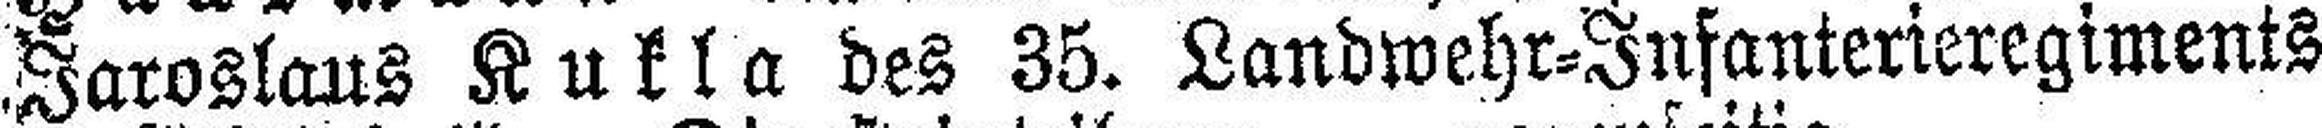
Jaroslaus Kukla des 35. Landwehr-Infanterieregiments